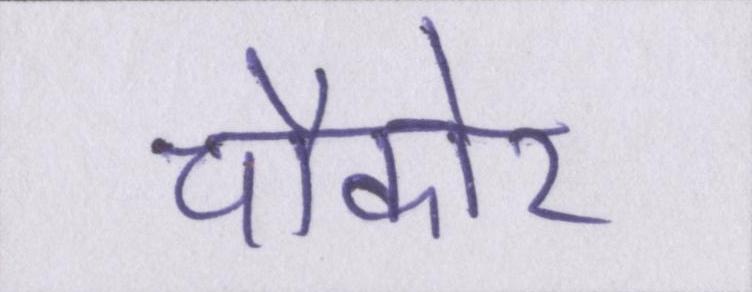
चौकोर